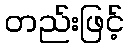
တည်းဖြင့်